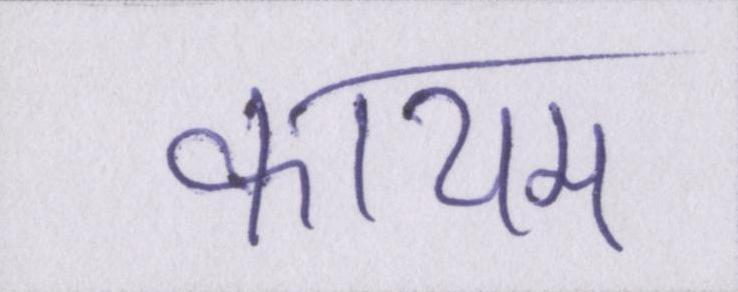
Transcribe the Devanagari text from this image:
कायम